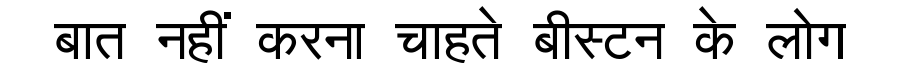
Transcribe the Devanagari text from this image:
बात नहीं करना चाहते बीस्टन के लोग